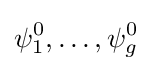
\psi _{1}^{0},\ldots ,\psi _{g}^{0}